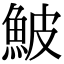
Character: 鮍